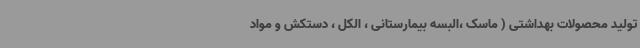
تولید محصولات بهداشتی ( ماسک ،البسه بیمارستانی ، الکل ، دستکش و مواد